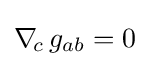
\nabla _{\!c}\,g_{ab}=0